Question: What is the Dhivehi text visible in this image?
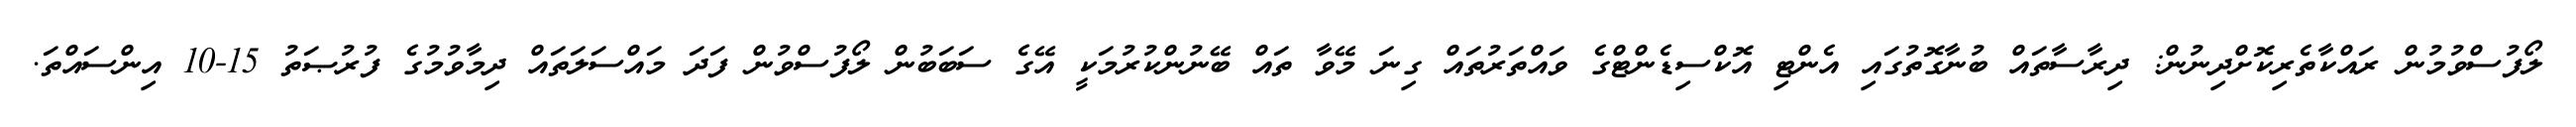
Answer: ލޯފުސްވުމުން ރައްކާތެރިކޮށްދިނުން: ދިރާސާތައް ބުނާގޮތުގައި އެންޓި އޮކްސިޑެންޓްގެ ވައްތަރުތައް ގިނަ މޭވާ ތައް ބޭނުންކުރުމަކީ އޭގެ ސަބަބުން ލޯފުސްވުން ފަދަ މައްސަލަތައް ދިމާވުމުގެ ފުރުޞަތު 15-10 އިންސައްތަ.